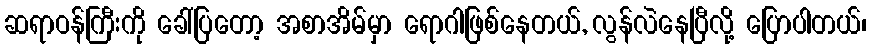
ဆရာဝန်ကြီးကို ခေါ်ပြတော့ အစာအိမ်မှာ ရောဂါဖြစ်နေတယ်, လွန်လဲနေပြီလို့ ပြောပါတယ်၊